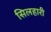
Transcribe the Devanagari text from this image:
सिलहारी